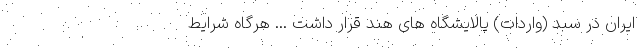
ایران در سبد (واردات) پالایشگاه های هند قرار داشت ... هرگاه شرایط